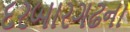
દરબારગઢના